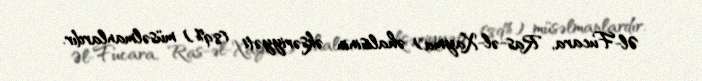
Əl-Fucara, Ras-əl-Xayma) əhalisinin əksəriyyəti (89%) müsəlmanlardır.